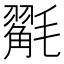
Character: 𭯩